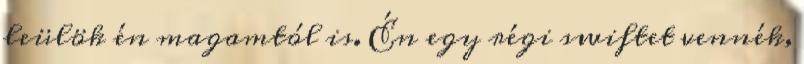
leülök én magamtól is. Én egy régi swiftet vennék,